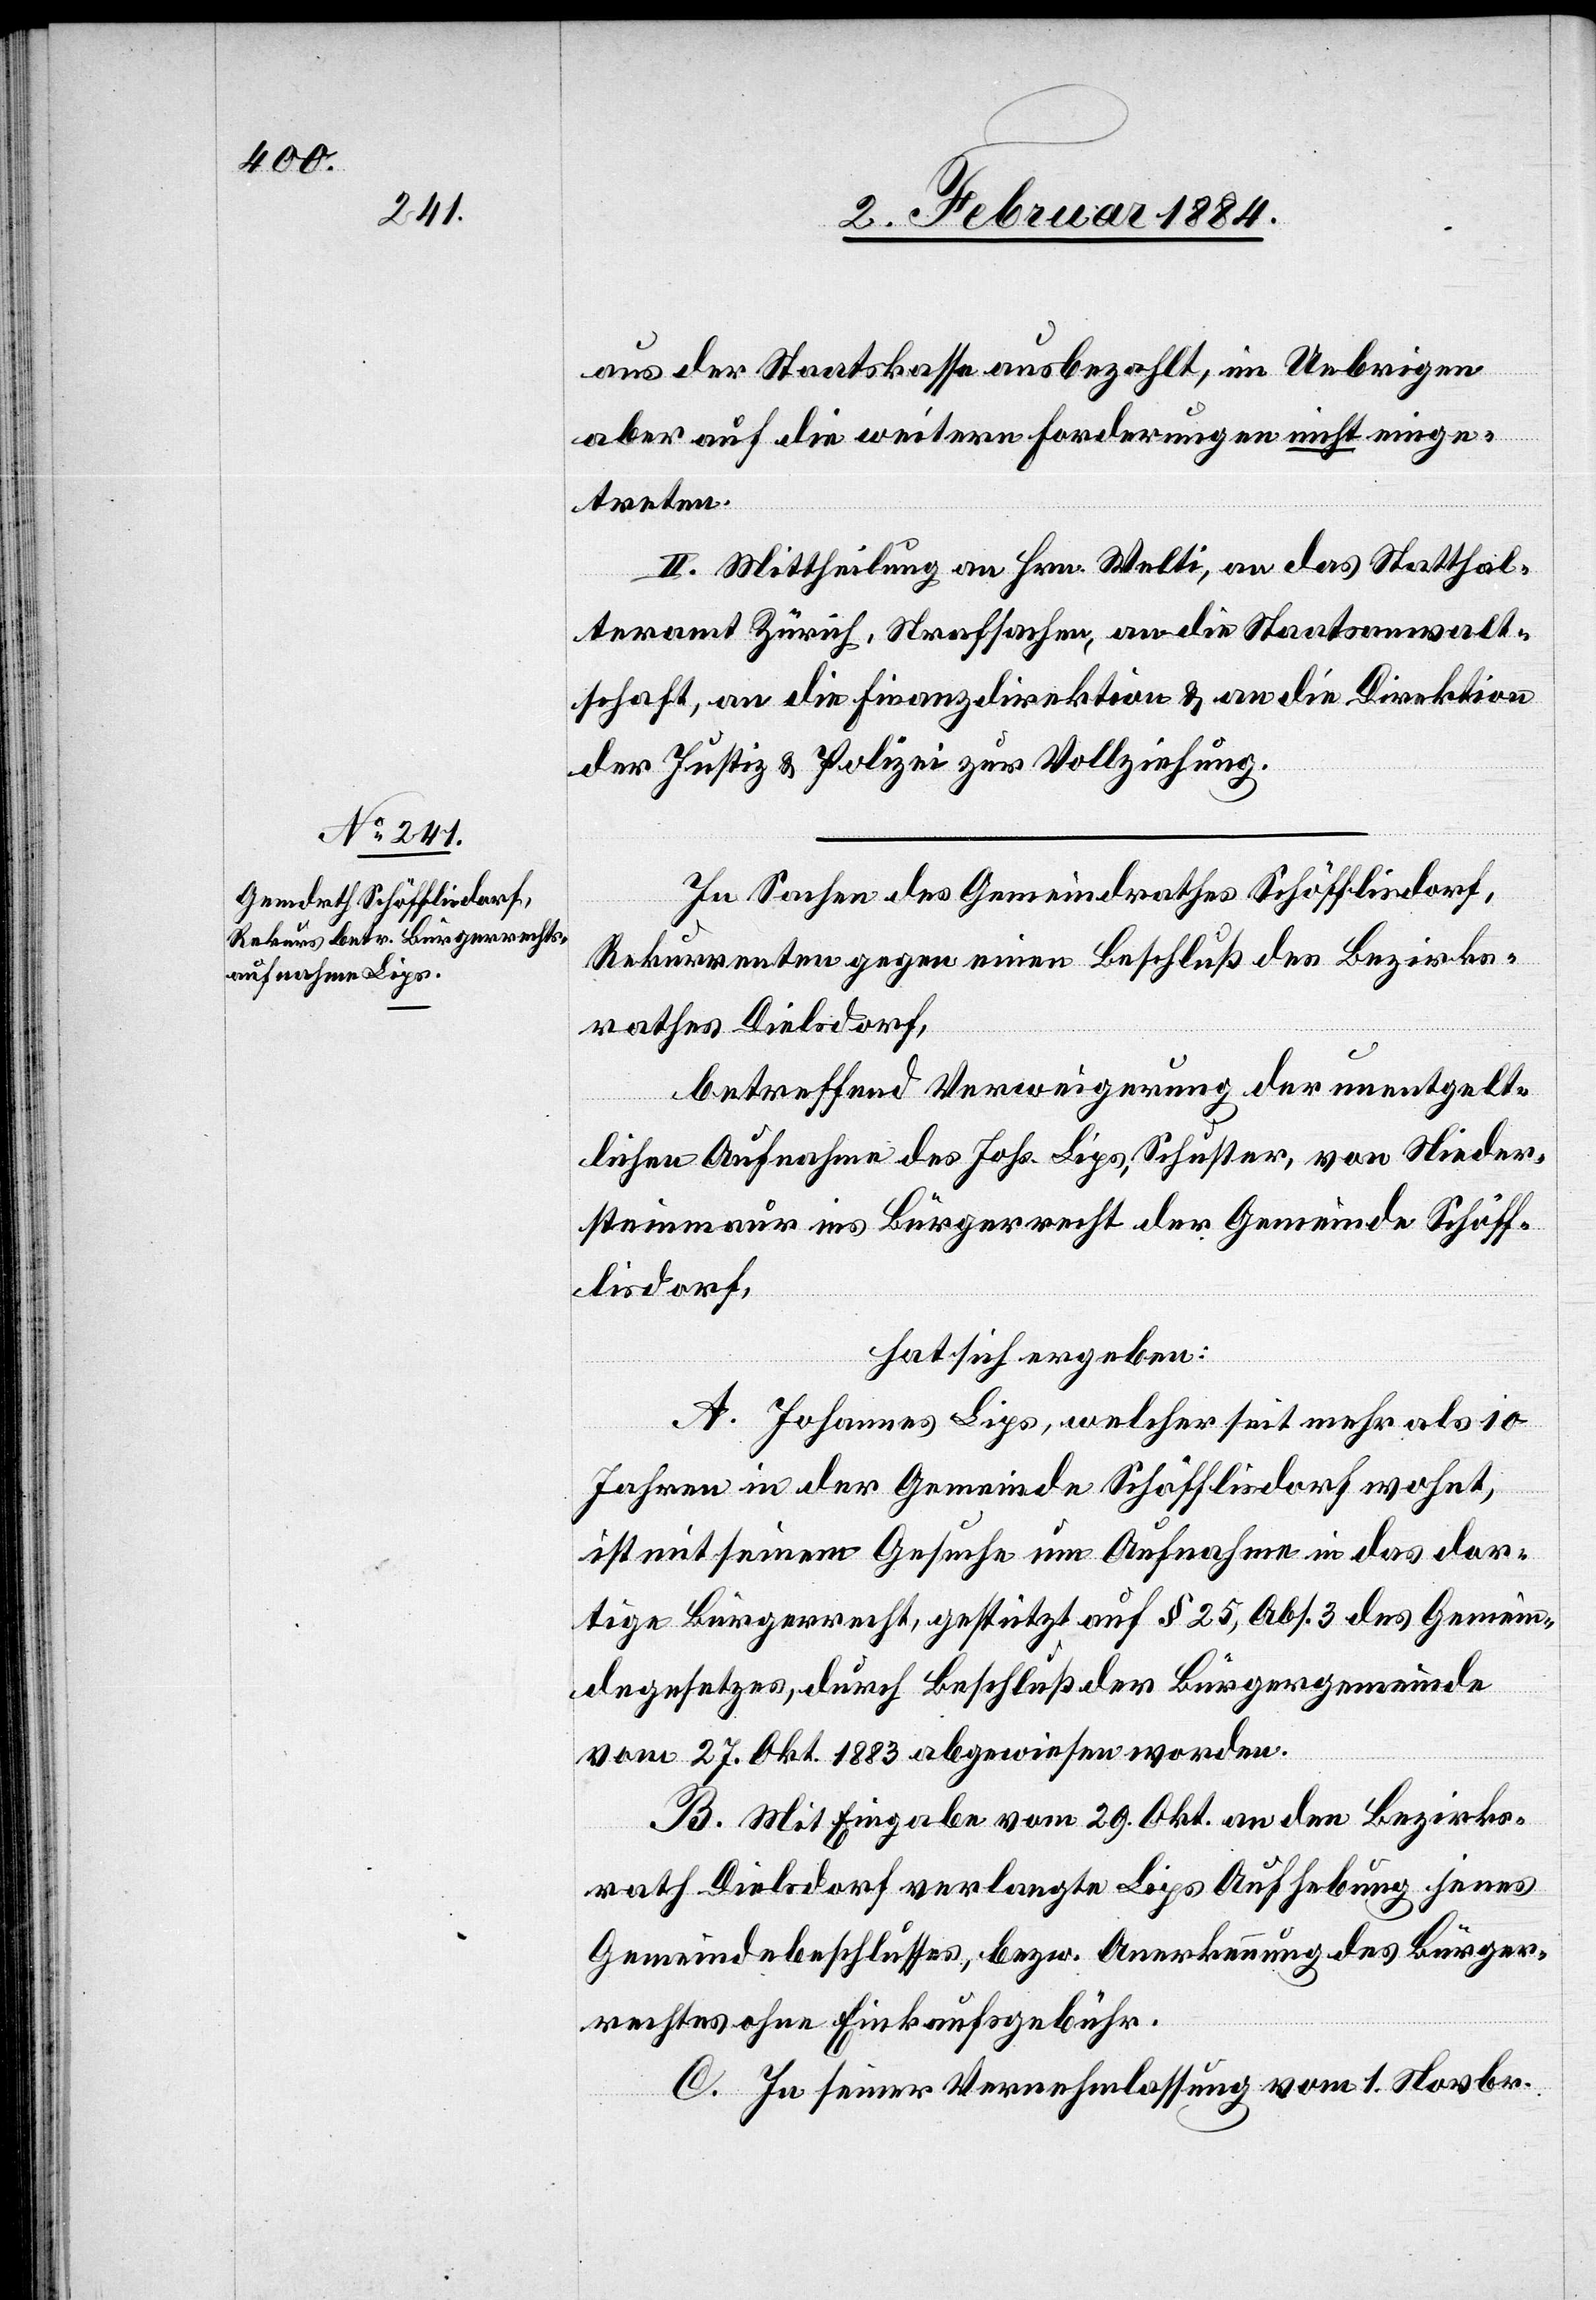
aus der Staatskasse ausbezahlt, in Uebrigen
aber auf die weitern Forderungen nicht einge¬
treten.
II. Mittheilung an Hrn. Welti, an das Statthal¬
teramt Zürich, Strafsachen, an die Staatsanwalt¬
schaft, an die Finanzdirektion & an die Direktion
der Justiz & Polizei zur Vollziehung.
In Sachen des Gemeindrathes Schöfflisdorf,
Rekurrenten gegen einen Beschluß des Bezirks¬
rathes Dielsdorf,
betreffend Verweigerung der unentgelt¬
lichen Aufnahme des Johs. Lips, Schuster, von Nieder¬
steinmaur ins Bürgerrecht der Gemeinde Schöff¬
lisdorf,
hat sich ergeben:
A. Johannes Lips, welcher seit mehr als 10
Jahren in der Gemeinde Schöfflisdorf wohnt,
ist mit seinem Gesuche um Aufnahme in das dor¬
tige Bürgerrecht, gestützt auf § 25, Abs. 3 des Gemein¬
dgesetzes, durch Beschluß der Bürgergemeinde
vom 27. Okt. 1883 abgewiesen worden.
B. Mit Eingabe vom 29. Okt. an den Bezirks¬
rath Dielsdorf verlangte Lips Aufhebung jenes
Gemeindebeschlusses, bzw. Anerkennung des Bürger¬
rechtes ohne Einkaufsgebühr.
C. In seiner Vernehmlassung vom 1. Novbr.